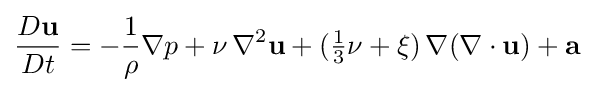
{\frac {D\mathbf {u} }{Dt}}=-{\frac {1}{\rho }}\nabla p+\nu \,\nabla ^{2}\mathbf {u} +({\tfrac {1}{3}}\nu +\xi )\,\nabla (\nabla \cdot \mathbf {u} )+\mathbf {a}